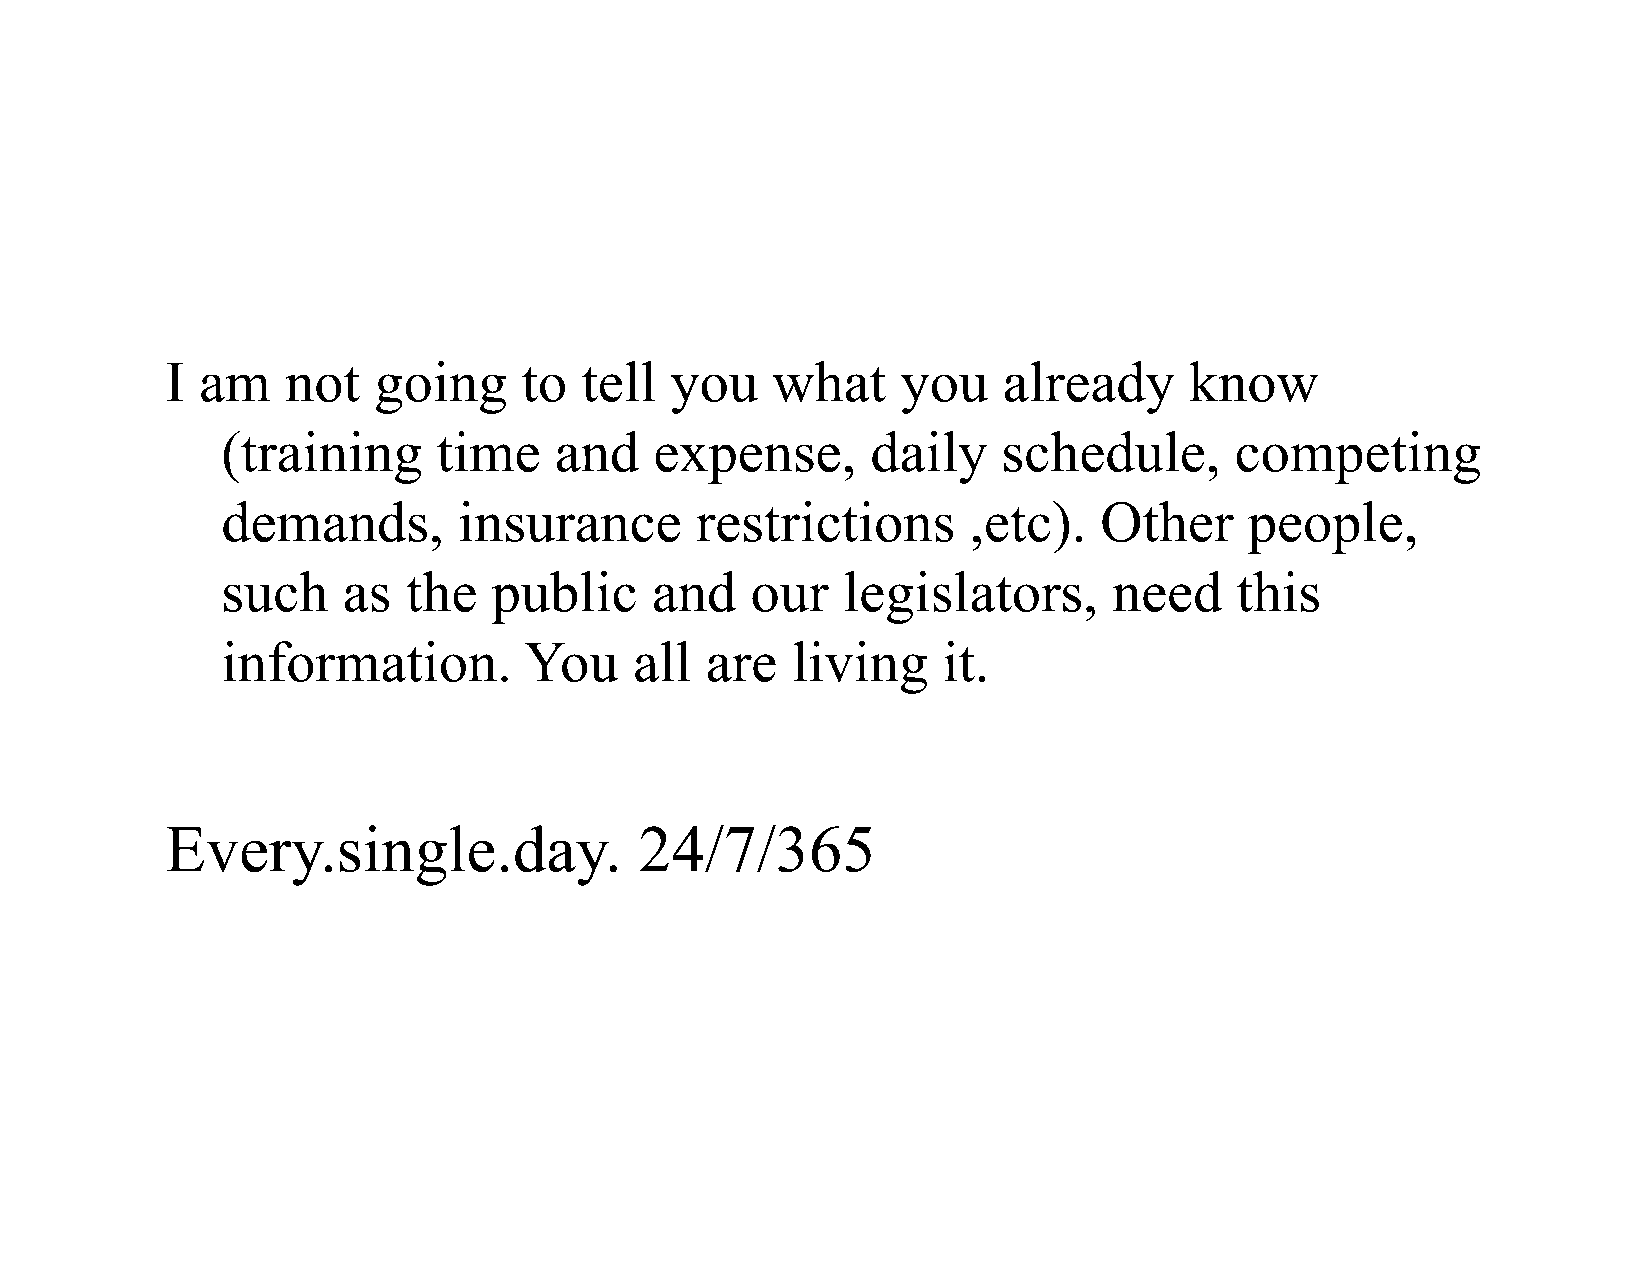
I am    not   going     to tell  you    what     you   already      know
 (training     time    and   expense,       daily   schedule,       competing
 demands,       insurance       restrictions      ,etc).   Other     people,
 such    as  the   public    and    our   legislators,      need    this
 information.        You    all  are  living    it.
 Every.single.day.              24/7/365